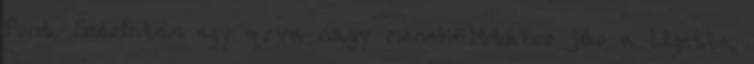
Pont. Szerintem egy qrva nagy menekülttábor jár a Ligetbe,